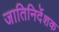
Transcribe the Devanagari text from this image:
जातिनिर्देशक